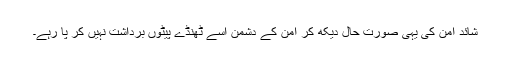
شائد امن کی یہی صورت حال دیکھ کر امن کے دشمن اسے ٹھنڈے پیٹوں برداشت نہیں کر پا رہے۔